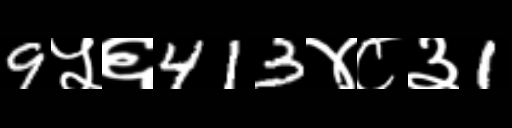
Text: 9५६413४८३1